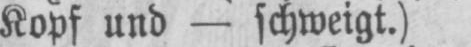
Kopf und - schweigt.)